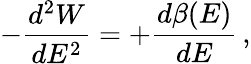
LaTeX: -{\frac{d^{2}W}{dE^{2}}}=+{\frac{d\beta(E)}{dE}}\, ,